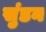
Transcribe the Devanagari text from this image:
सुंडन